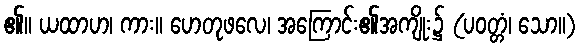
၏။ ယထာဟ၊ ကား။ ဟေတုဖလေ၊ အကြောင်း၏အကျိုး၌ (ပဝတ္တံ၊ သော။)